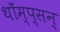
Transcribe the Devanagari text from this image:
थाँम्प्सन्